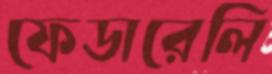
ফেডারেলি